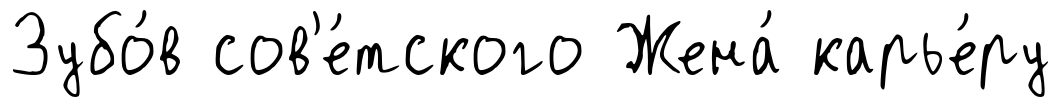
Зубо́в сов'е́тского Жена́ карье́ру